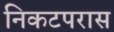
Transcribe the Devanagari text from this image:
निकटपरास